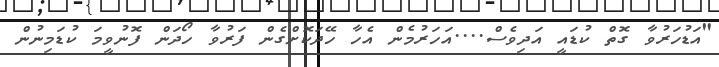
"އަޑުހަރުވާ ގޮތް ކުޑައީ އަދިވެސް....އަހަރުމެން އެހާ ހޭދަކޮށްގެން ފަރުވާ ހޯދަން ފޮނުވީމަ ކުޑަމިނުން